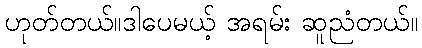
ဟုတ်တယ်။ဒါပေမယ့် အရမ်း ဆူညံတယ်။